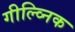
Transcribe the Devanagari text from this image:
गील्व्निक